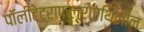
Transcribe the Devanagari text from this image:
पॉलीटेट्राफ्लूरोएथिलीन